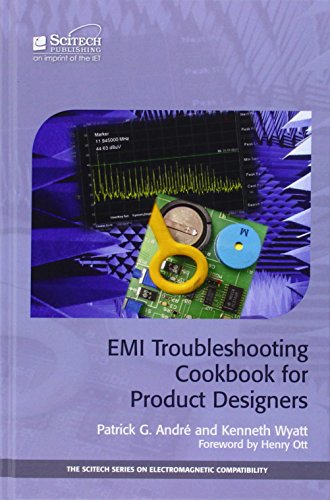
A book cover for EMI Troubleshooting Cookbook for Product Designers: Concepts, Techniques, and Solutions (The Scitech Series on Electromagnetic Compatibility); Patrick G. AndrÃ©; Science & Math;